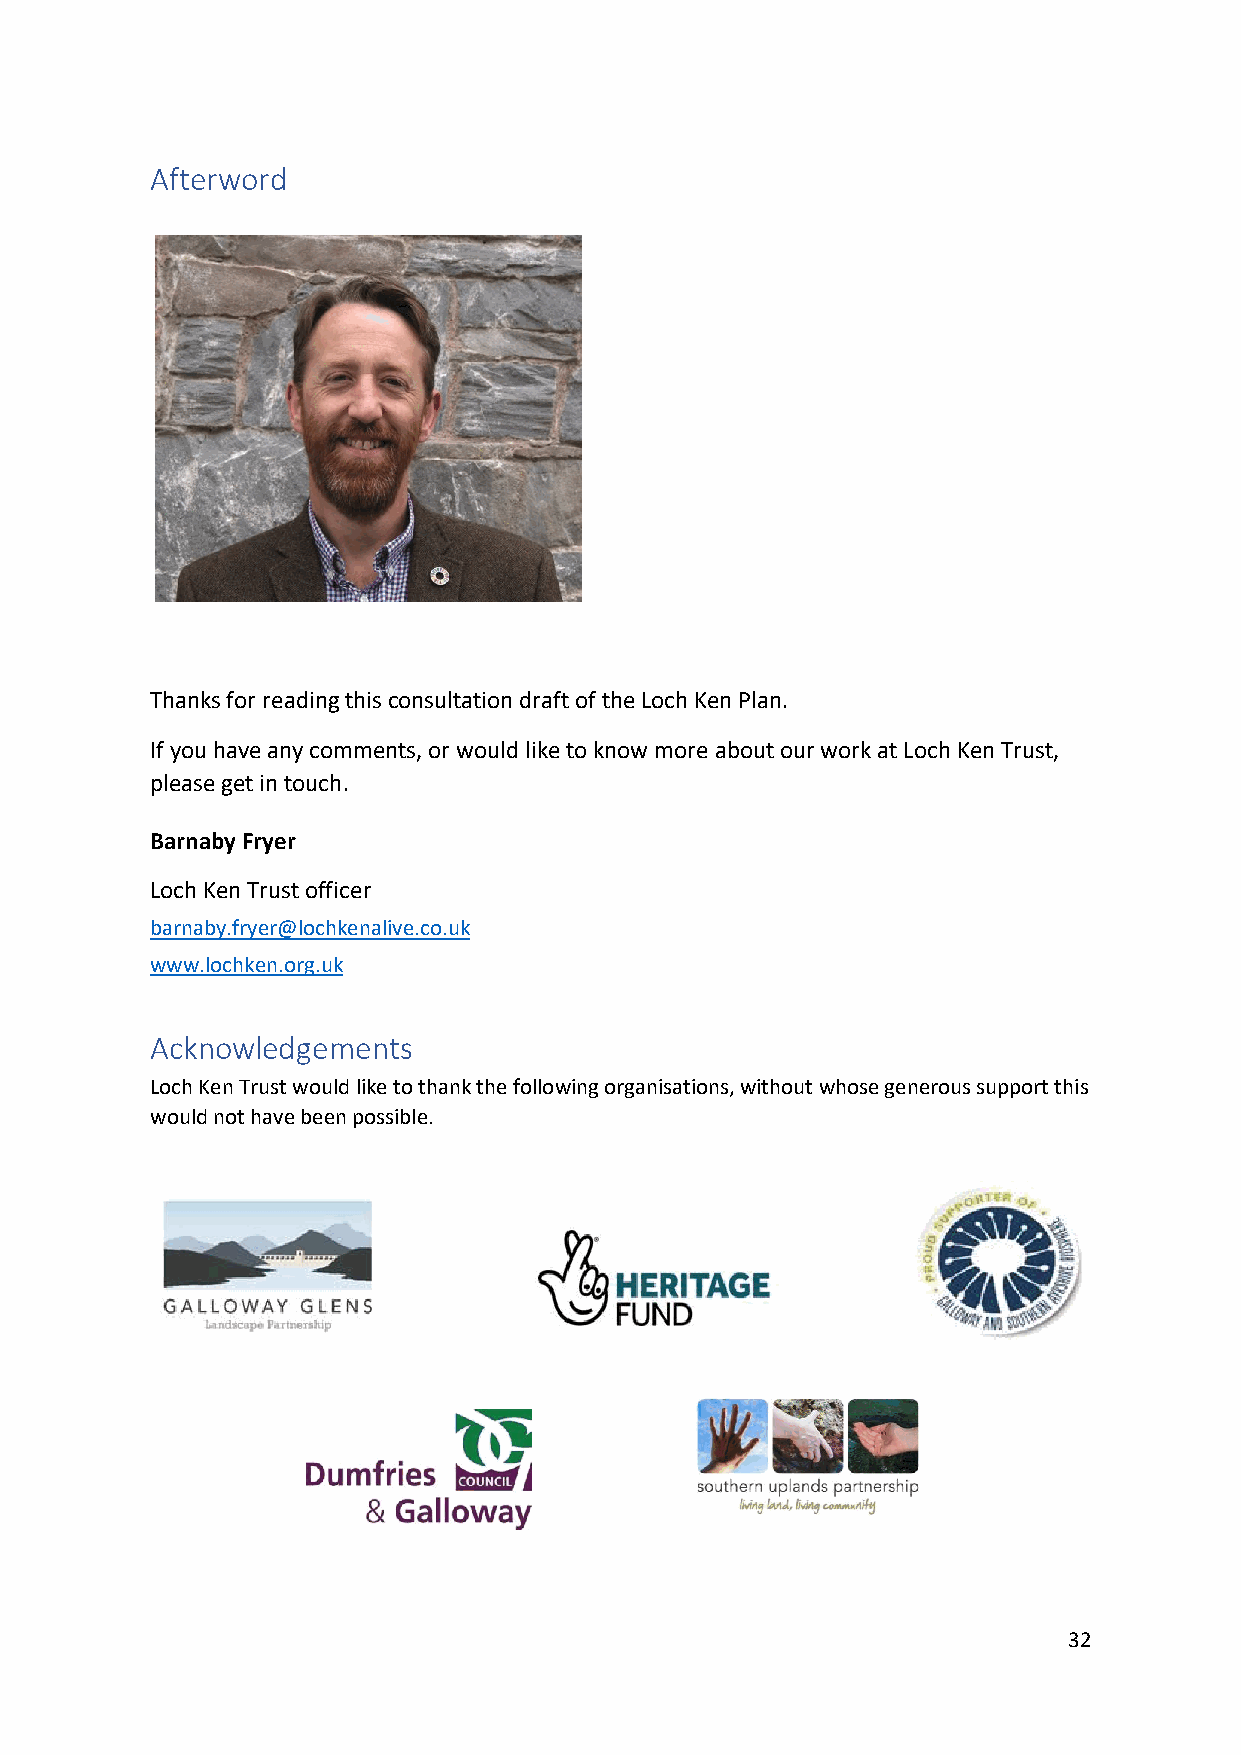
Afterword
 Thanks for reading this consultation draft of the Loch Ken Plan.
 If you have any comments, or would like to know more about our work at Loch Ken Trust,
 please get in touch.
 Barnaby Fryer
 Loch Ken Trust officer
 barnaby.fryer@lochkenalive.co.uk
 www.lochken.org.uk
 Acknowledgements
 Loch Ken Trust would like to thank the following organisations, without whose generous support this
 would not have been possible.
 32